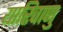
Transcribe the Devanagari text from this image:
यारिवाणु